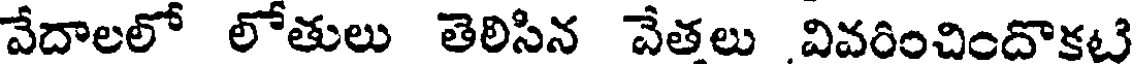
వేదాలలో లోతులు తెలిసిన వేతలు వివరించిందాకటి